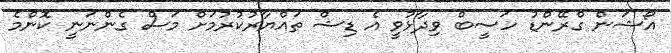
އޯޝަން ގްރޭންޑު ހަސީބް ވިދާޅުވީ އެ ޑިޝް ތައްޔާރުކުރުމަށް މަސް ގެންނަނީ ކޮންމެ